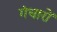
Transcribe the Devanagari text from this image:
गंधारों